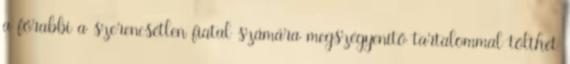
a főrabbi a szerencsétlen fiatal számára megszégyenítő tartalommal tölthet